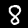
Digit: 8